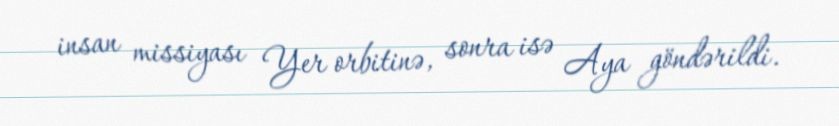
insan missiyası Yer orbitinə, sonra isə Aya göndərildi.